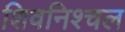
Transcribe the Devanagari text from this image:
शिवनिश्चल